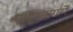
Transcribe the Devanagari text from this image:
रामगडमार्गे